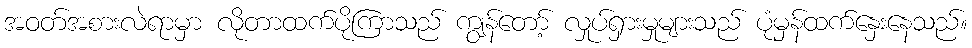
အဝတ်အစားလဲရာမှာ လိုတာထက်ပိုကြာသည် ကျွန်တော့် လှုပ်ရှားမှုများသည် ပုံမှန်ထက်နှေးနေသည်။